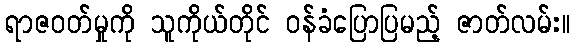
ရာဇဝတ်မှုကို သူကိုယ်တိုင် ဝန်ခံပြောပြမည့် ဇာတ်လမ်း။